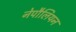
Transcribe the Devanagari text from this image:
नेपौलियन